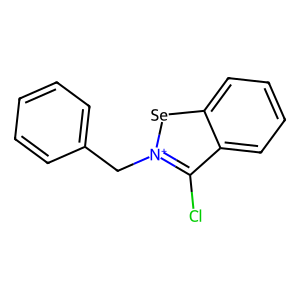
SMILES: Clc1c2ccccc2[se][n+]1Cc1ccccc1
Inhibits HIV replication: No